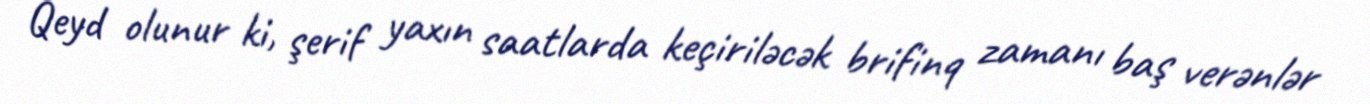
Qeyd olunur ki, şerif yaxın saatlarda keçiriləcək brifinq zamanı baş verənlər